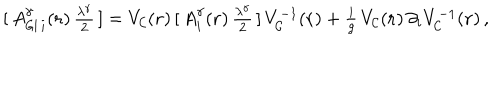
[ \, A _ { { \sf G I } \, i } ^ { { \gamma } } ( { \bf { r } } ) \, { \textstyle \frac { { \lambda } ^ { \gamma } } { 2 } } \, ] = V _ { \cal { C } } ( { \bf { r } } ) \, [ \, A _ { i } ^ { \gamma } ( { \bf { r } } ) \, { \textstyle \frac { \lambda ^ { \gamma } } { 2 } } \, ] \, V _ { \cal { C } } ^ { - 1 } ( { \bf { r } } ) + { \textstyle \frac { i } { g } } \, V _ { \cal { C } } ( { \bf { r } } ) \, \partial _ { i } V _ { \cal { C } } ^ { - 1 } ( { \bf { r } } ) \, ,